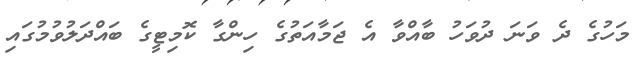
މަހުގެ ދެ ވަނަ ދުވަހު ބާއްވާ އެ ޖަމާއަތުގެ ހިންގާ ކޮމިޓީގެ ބައްދަލުވުމުގައި